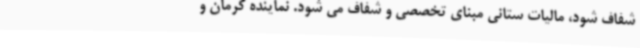
شفاف شود، مالیات ستانی مبنای تخصصی و شفاف می شود. نماینده کرمان و